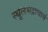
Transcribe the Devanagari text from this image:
स्थूलभद्राचार्य